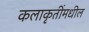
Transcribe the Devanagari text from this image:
कलाकृतींमधील